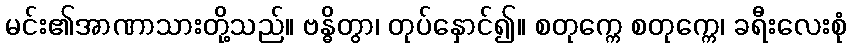
မင်း၏အာဏာသားတို့သည်။ ဗန္ဓိတွာ၊ တုပ်နှောင်၍။ စတုက္ကေ စတုက္ကေ၊ ခရီးလေးစုံ